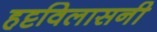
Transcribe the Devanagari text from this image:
हट्टविलासनी